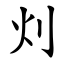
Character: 灲